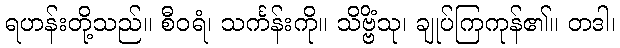
ရဟန်းတို့သည်။ စီဝရံ၊ သင်္ကန်းကို။ သိဗ္ဗိံသု၊ ချုပ်ကြကုန်၏။ တဒါ၊